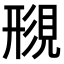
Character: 𫌟